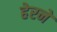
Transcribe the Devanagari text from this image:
हेरने